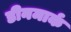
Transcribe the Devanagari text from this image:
डीनमार्क